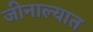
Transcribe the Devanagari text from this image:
जीनाल्यात